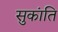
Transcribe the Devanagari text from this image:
सुकांति